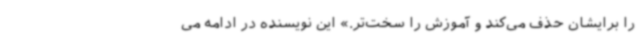
را برایشان حذف می‌کند و آموزش را سخت‌تر.» این نویسنده در ادامه می